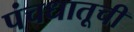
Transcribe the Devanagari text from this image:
पंचधातूची